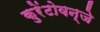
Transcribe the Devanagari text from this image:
कुरेंटोवन्जे